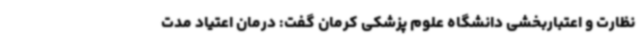
نظارت و اعتباربخشی دانشگاه علوم پزشکی کرمان گفت: درمان اعتیاد مدت